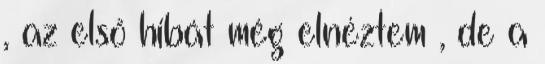
, az első hibát még elnéztem , de a